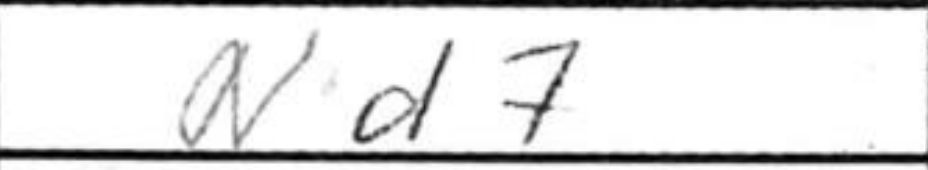
Transcription: Nd7